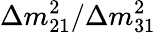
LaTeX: \Delta m_{21}^{2}/\Delta m_{31}^{2}